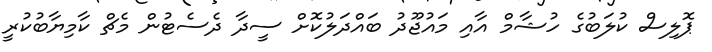
ޕޮލިސް ކުލަބުގެ ހުޝާމް އާއި މައުޖޫދު ބައްދަލުކޮށް ސީދާ ދެސެޓުން މެޗް ކާމިޔާބުކުރީ